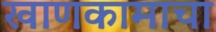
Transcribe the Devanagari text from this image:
खाणकामाचा